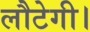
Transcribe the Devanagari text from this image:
लौटेगी।